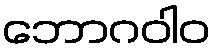
ဘောဂဝါဝ